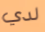
لدي